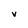
Character: V